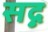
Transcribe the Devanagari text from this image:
सद्न